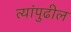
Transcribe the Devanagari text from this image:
त्यांपुढील